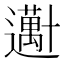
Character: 𱑕